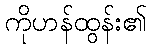
ကိုဟန်ထွန်း၏